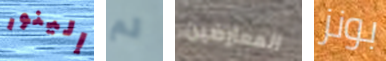
إلينور لم المعارضين بونز